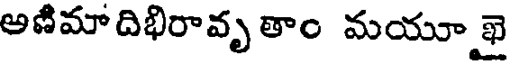
అణిమాదిభిరావృ తాం మయూ ఖై